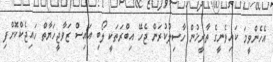
އެހެންވީމަ ކައިވެނީގެ ތާރީޚުން ހާސިލުކުރަން ޖެހޭ އިބްރަތަކީ ލޯބި އައިސް ޒަވާޖީހަޔާތް ހައިޖެކްކޮށްފި